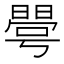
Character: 𰖦